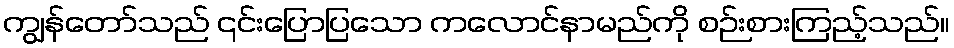
ကျွန်တော်သည် ၎င်းပြောပြသော ကလောင်နာမည်ကို စဉ်းစားကြည့်သည်။